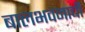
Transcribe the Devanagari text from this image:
बालभवनाची